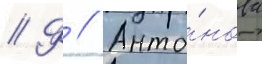
// Ф // Анто́нова